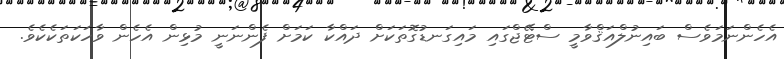
އެހެންނަމަވެސް ބައިނުލްއަޤްވާމީ ސްޓޭޖްގައި މައިގަނޑުގޮތަކަށް ދައްކާ ކަމަށް ފެންނަނީ މުޅިން އެހެން ވާހަކަތަކެކެވެ.